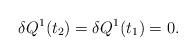
LaTeX: \begin{align*}\delta Q^{1}(t_{2})=\delta Q^{1}(t_{1})=0.\end{align*}